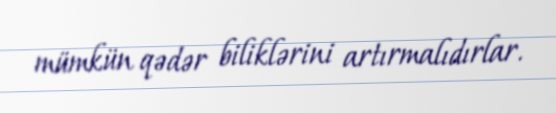
mümkün qədər biliklərini artırmalıdırlar.